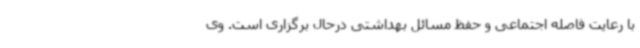
با رعایت فاصله اجتماعی و حفظ مسائل بهداشتی درحال برگزاری است. وی